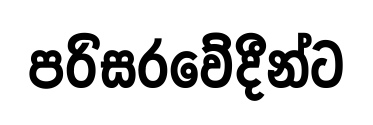
පරිසරවේදීන්ට